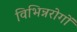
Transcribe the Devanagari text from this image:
विभिन्नरोगों